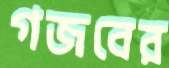
গজবের